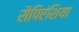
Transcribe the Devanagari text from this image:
सैपिएंशिया